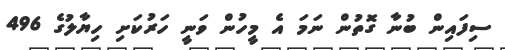
ސިފައިން ބުނާ ގޮތުން ނަމަ އެ މީހުން ވަނީ ހަރުކަށި ހިޔާލުގެ 496